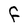
Character: F